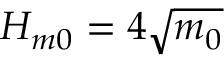
H _ { m 0 } = 4 \sqrt { m _ { 0 } }